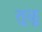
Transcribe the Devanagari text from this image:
तूळू